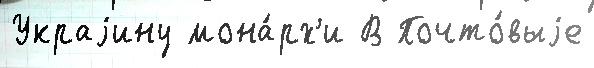
Украjину мона́рх'и В Почто́выjе